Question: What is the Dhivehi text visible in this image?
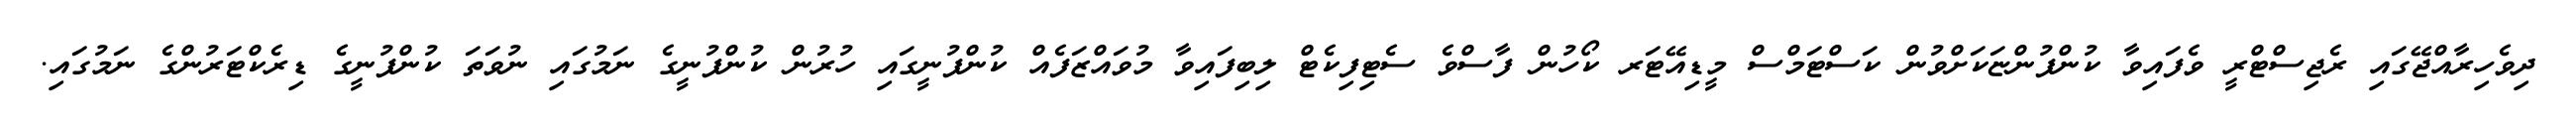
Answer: ދިވެހިރާއްޖޭގައި ރެޖިސްޓްރީ ވެފައިވާ ކުންފުންޏަކަށްވުން ކަސްޓަމްސް މީޑިއޭޓަރ ކޯހުން ފާސްވެ ސެޓިފިކެޓް ލިބިފައިވާ މުވައްޒަފެއް ކުންފުނީގައި ހުރުން ކުންފުނީގެ ނަމުގައި ނުވަތަ ކުންފުނީގެ ޑިރެކްޓަރުންގެ ނަމުގައި.